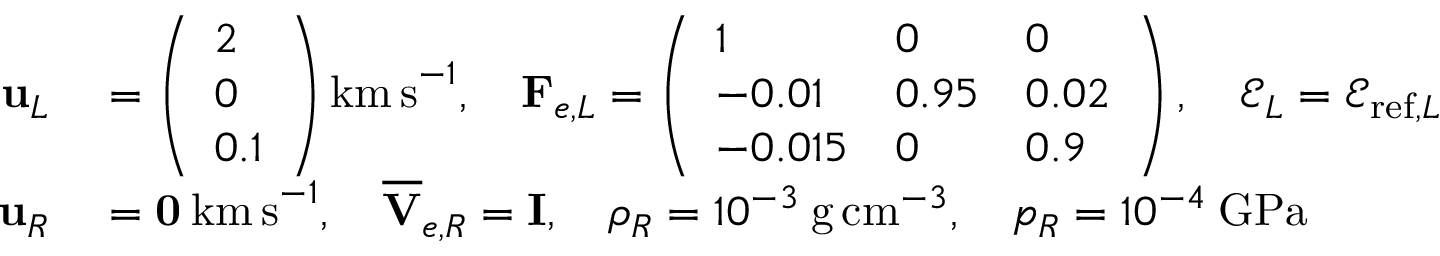
\begin{array} { r l } { \mathbf { u } _ { L } } & { { } = \left( \begin{array} { l } { 2 } \\ { 0 } \\ { 0 . 1 } \end{array} \right) \mathrm { k m \, s } ^ { - 1 } , \quad \mathbf { F } _ { e , L } = \left( \begin{array} { l l l } { 1 } & { 0 } & { 0 } \\ { - 0 . 0 1 } & { 0 . 9 5 } & { 0 . 0 2 } \\ { - 0 . 0 1 5 } & { 0 } & { 0 . 9 } \end{array} \right) , \quad \mathscr { E } _ { L } = \mathscr { E } _ { \mathrm { r e f } , L } } \\ { \mathbf { u } _ { R } } & { { } = \mathbf { 0 } \: \mathrm { k m \, s } ^ { - 1 } , \quad \overline { { \mathbf { V } } } _ { e , R } = \mathbf { I } , \quad \rho _ { R } = 1 0 ^ { - 3 } \: \mathrm { g \, c m } ^ { - 3 } , \quad p _ { R } = 1 0 ^ { - 4 } \: \mathrm { G P a } } \end{array}